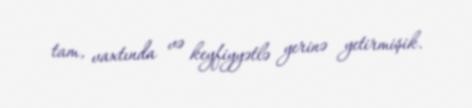
tam, vaxtında və keyfiyyətlə yerinə yetirmişik.